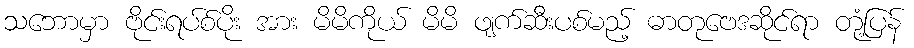
သဘောမှာ ဗိုင်းရပ်စ်ပိုး အား မိမိကိုယ် မိမိ ဖျက်ဆီးပစ်မည့် ဓာတုဗေဒဆိုင်ရာ တုံ့ပြန်